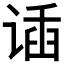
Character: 𬤌